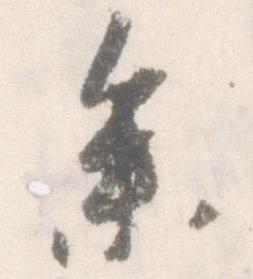
参